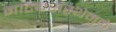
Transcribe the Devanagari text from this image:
नाट्यसंस्थेमुळे